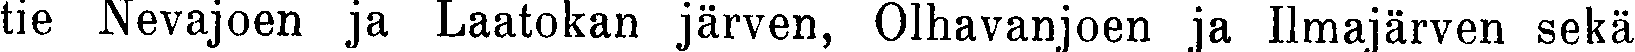
tie Nevajoen ja Laatokan järven, Olhavanjoen ja Ilmajärven sekä